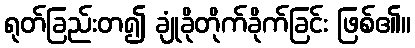
ရုတ်ခြည်းတ၍ ချုံခိုတိုက်ခိုက်ခြင်း ဖြစ်၏။